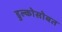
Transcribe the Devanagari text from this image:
डुल्कोसोबत